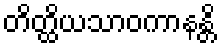
တိတ္ထိယသာဝကာနန္တိ